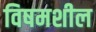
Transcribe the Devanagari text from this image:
विषमशील